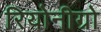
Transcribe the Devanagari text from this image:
रियोनीग्रो